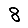
Digit: 8